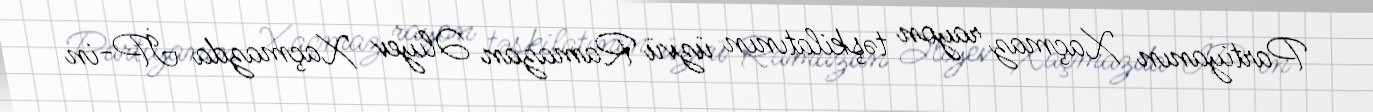
Partiyanın Xaçmaz rayon təşkilatının üzvü Ramazan Əliyev Xaçmazda İP-in